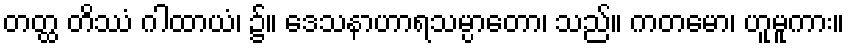
တတ္ထ တိဿံ ဂါထာယံ၊ ၌။ ဒေသနာဟာရသမ္ပာတော၊ သည်။ ကတမော၊ ဟူမူကား။